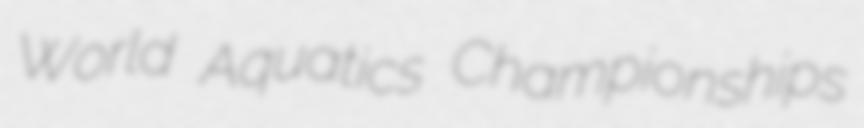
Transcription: World Aquatics Championships